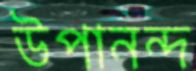
উপানন্দ